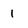
Character: 1